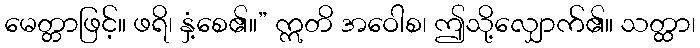
မေတ္တာဖြင့်။ ဖရိ၊ နှံ့စေ၏။” ဣတိ အဝေါစ၊ ဤသို့လျှောက်၏။ သတ္ထာ၊